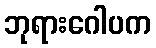
ဘုရားဂေါပက